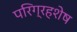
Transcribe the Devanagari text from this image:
परिग्रहशेष